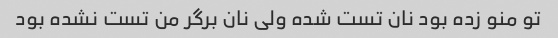
تو منو زده بود نان تست شده ولی نان برگر من تست نشده بود